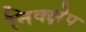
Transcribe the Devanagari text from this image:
निक्क्षेप